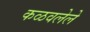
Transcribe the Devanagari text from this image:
कळवलेले